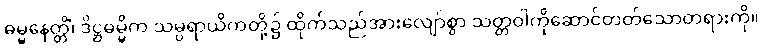
ဓမ္မနေတ္တိံ၊ ဒိဋ္ဌဓမ္မိက သမ္ပရာယိကတို့၌ ထိုက်သည်အားလျော်စွာ သတ္တဝါကိုဆောင်တတ်သောတရားကို။